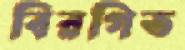
বিরগিত